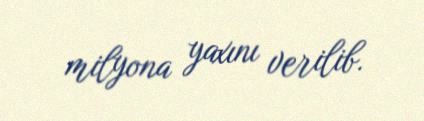
milyona yaxını verilib.